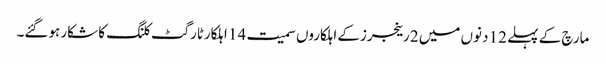
مارچ کے پہلے 12 دنوں میں 2 رینجرزکے اہلکاروں سمیت 14 اہلکارٹارگٹ کلنگ کا شکار ہوگئے۔